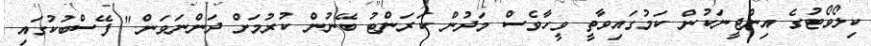
ކިލޯވޯޓުގެ އިންޖީނަކުން ކަމުގައިވާތީ ވީހާވެސް މަދުން ކަރަންޓު ބޭނުން ކުރުމަށް ދަންނަވަން." ފޭސްބުކުގައި